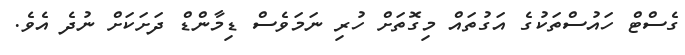
ގެސްޓް ހައުސްތަކުގެ އަގުތައް މިގޮތަށް ހުރި ނަމަވެސް ޑިމާންޑް ދަށަކަށް ނުދެ އެވެ.